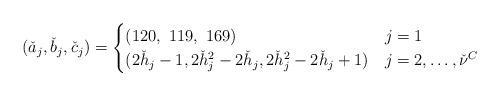
LaTeX: \begin{align*}(\check a_j, \check b_j, \check c_j) = \begin{cases}(120, \ 119, \ 169) & j=1 \\(2\check h_j-1,2\check h_j^2-2\check h_j, 2\check h_j^2-2\check h_j+1 ) & j = 2, \dots, \check\nu^C\end{cases}\end{align*}